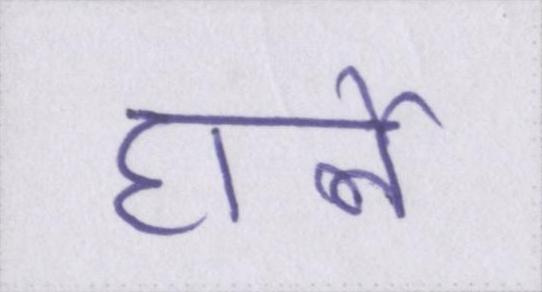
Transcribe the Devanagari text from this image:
हार्ले